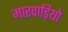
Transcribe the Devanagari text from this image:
मारवाड़ियो